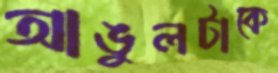
আঙুলটাকে